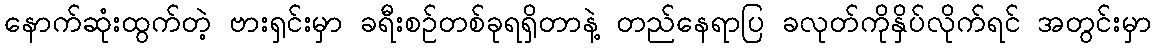
နောက်ဆုံးထွက်တဲ့ ဗားရှင်းမှာ ခရီးစဉ်တစ်ခုရရှိတာနဲ့ တည်နေရာပြ ခလုတ်ကိုနှိပ်လိုက်ရင် အတွင်းမှာ